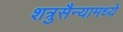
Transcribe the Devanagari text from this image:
शत्रुसैन्यामध्ये